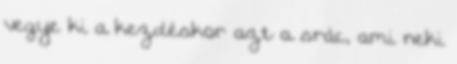
vegye ki a kezdéskor azt a srác, ami neki